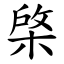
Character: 棨